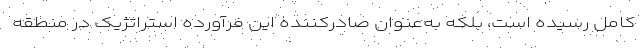
کامل رسیده است، بلکه به‌عنوان صادرکننده این فرآورده استراتژیک در منطقه